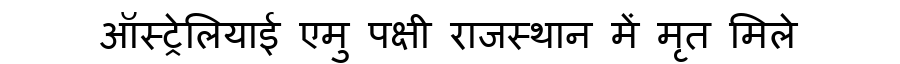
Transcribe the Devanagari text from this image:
ऑस्ट्रेलियाई एमु पक्षी राजस्थान में मृत मिले